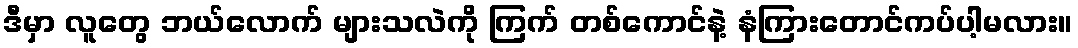
ဒီမှာ လူတွေ ဘယ်လောက် များသလဲကို ကြက် တစ်ကောင်နဲ့ နံကြားတောင်ကပ်ပါ့မလား။